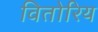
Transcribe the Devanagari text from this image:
वितोरिय